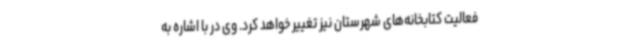
فعالیت کتابخانه‌های شهرستان نیز تغییر خواهد کرد. وی در با اشاره به